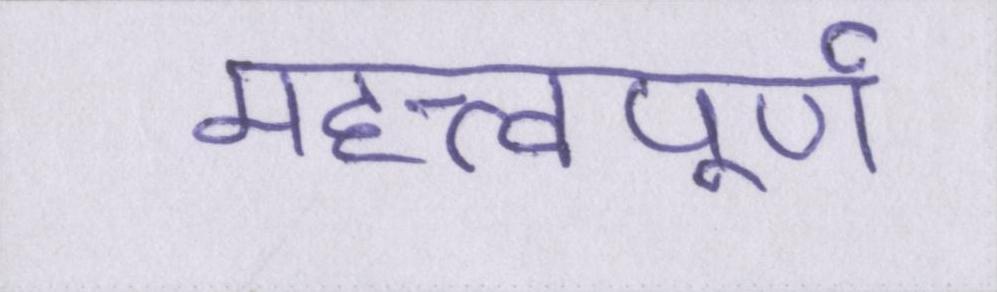
महत्त्वपूर्ण